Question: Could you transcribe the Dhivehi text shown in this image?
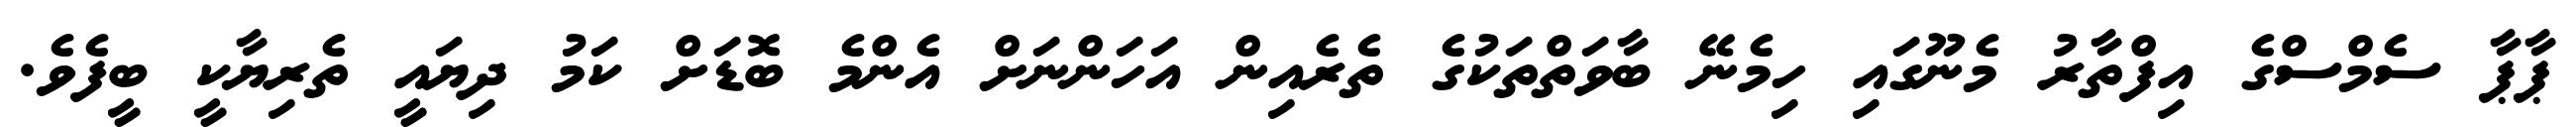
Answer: ޕާޕާ ސެމްސްގެ އިފްތާރު މެނޫގައި ހިމެނޭ ބާވަތްތަކުގެ ތެރެއިން އަހަންނަށް އެންމެ ބޮޑަށް ކަމު ދިޔައީ ތެރިޔާކީ ބީފެވެ.